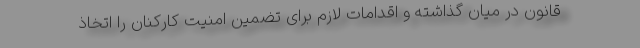
قانون در میان گذاشته و اقدامات لازم برای تضمین امنیت کارکنان را اتخاذ